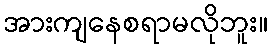
အားကျနေစရာမလိုဘူး။